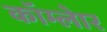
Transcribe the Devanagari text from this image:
कॉम्लेार